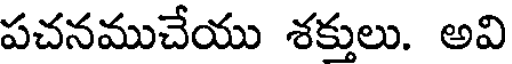
పచనముచేయు శక్తులు. అవి